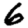
Digit: 6